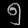
Digit: ၅